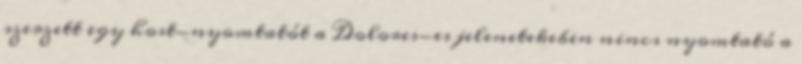
szerzett egy host-nyomtatót a Dolores-es jelenetekeben nincs nyomtató a